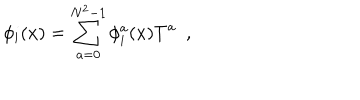
\phi _ { i } ( x ) = \sum _ { a = 0 } ^ { N ^ { 2 } - 1 } \phi _ { i } ^ { a } ( x ) T ^ { a } ~ ~ , ~ ~